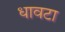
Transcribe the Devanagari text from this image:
धावटा